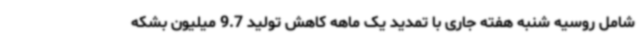
شامل روسیه شنبه هفته جاری با تمدید یک ماهه کاهش تولید 9.7 میلیون بشکه